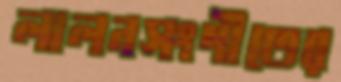
লালনসংগীতের